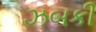
ઝબકી